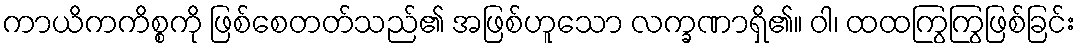
ကာယိကကိစ္စကို ဖြစ်စေတတ်သည်၏ အဖြစ်ဟူသော လက္ခဏာရှိ၏။ ဝါ၊ ထထကြွကြွဖြစ်ခြင်း